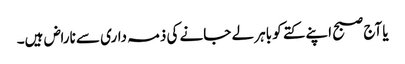
یا آج صبح اپنے کتے کو باہر لے جانے کی ذمہ داری سے ناراض ہیں۔